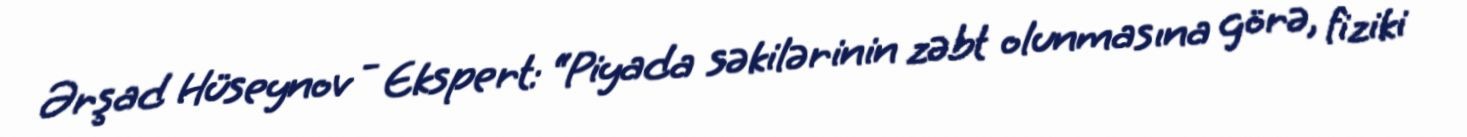
Ərşad Hüseynov - Ekspert: “Piyada səkilərinin zəbt olunmasına görə, fiziki